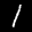
Label: 1